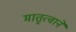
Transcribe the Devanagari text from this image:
मातृत्वाने